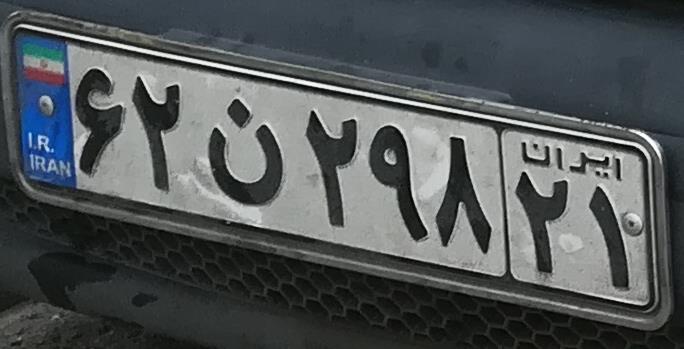
۶۲ن۲۹۸۲۱